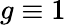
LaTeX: g\equiv 1